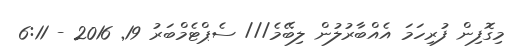
މިގޮފިން ފުރިހަމަ އެއްބާރުލުން ލިބޭމެ/// ސެޕްޓެމްބަރު 19